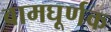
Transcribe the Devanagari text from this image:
वामघूर्णक